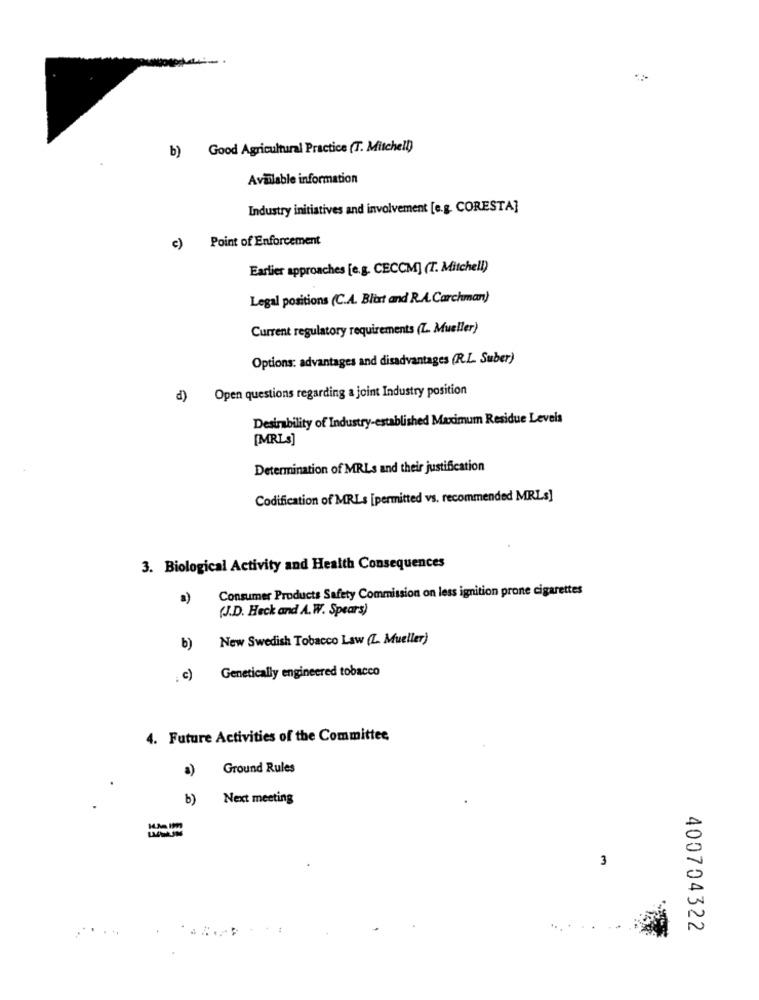
b) Good Agricultural Practice (T. Mitchell)
Available information
Industry initiatives and involvement [e.g. CORESTA]
Point of Enforcement
c)
Earlier approaches [e.g. CECCM] (I. Mitchell)
Legal positions (C.A. Blirt and R.A.Carchman)
Current regulatory requirements (L. Mueller)
Options: advantages and disadvantages (R.L. Suber)
Open questions regarding a joint Industry position
d)
Desirability of Industry-established Maximum Residue Levels
[MRLs]
Determination of MRLs and their justification
Codification of MRLs [permitted vs. recommended MRLs]
3. Biological Activity and Health Consequences
Consumer Products Safety Commission on less ignition prone cigarettes
a)
(J.D. Heck and A.W. Spears)
New Swedish Tobacco Law (L. Mueller)
b)
Genetically engineered tobacco
. c)
4. Future Activities of the Committee
a)
Ground Rules
b)
Next meeting
3
400704322